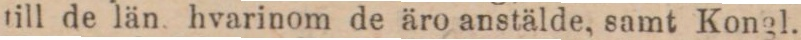
till de län, hvarinom de äro anstälde, samt Kongl.